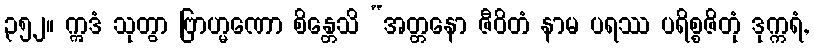
၃၅၂။ ဣဒံ သုတွာ ဗြာဟ္မဏော စိန္တေသိ “အတ္တနော ဇီဝိတံ နာမ ပရဿ ပရိစ္စဇိတုံ ဒုက္ကရံ,